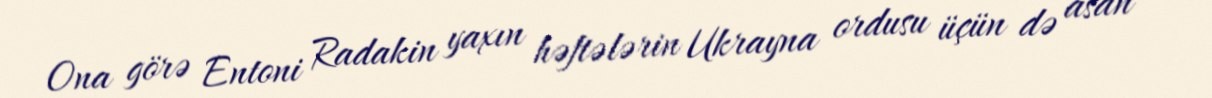
Ona görə Entoni Radakin yaxın həftələrin Ukrayna ordusu üçün də asan